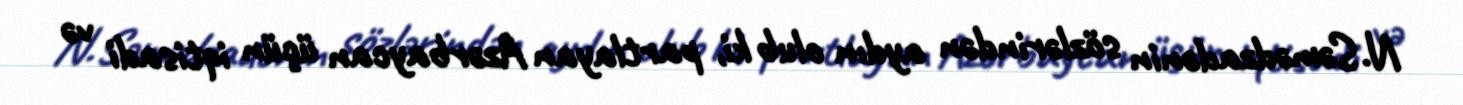
N.Səmədzadənin sözlərindən aydın olub ki, partlayan Azərbaycan üçün iqtisadi və